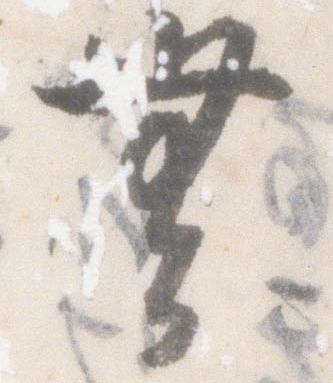
無